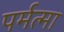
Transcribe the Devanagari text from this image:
पर्मत्मा